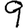
Digit: 9